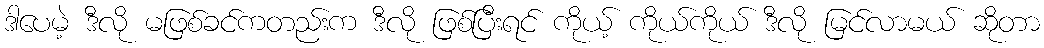
ဒါပေမဲ့ ဒီလို မဖြစ်ခင်ကတည်းက ဒီလို ဖြစ်ပြီးရင် ကိုယ့် ကိုယ်ကိုယ် ဒီလို မြင်လာမယ် ဆိုတာ